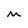
Character: M